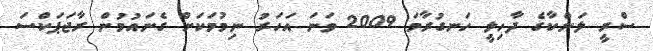
ސްރީ ލަންކާގެ ދާހިލީ ހަނގުރާމަ 2009 ވަނަ އަހަރު ނިމުމަކަށް ގެނައުމުން ރާޖަޕަކްސަ